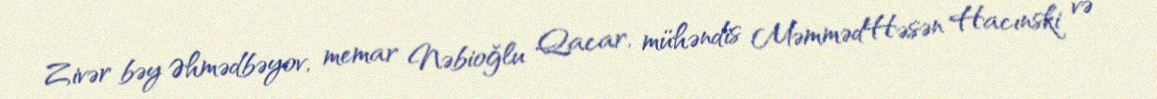
Zivər bəy Əhmədbəyov, memar Nəbioğlu Qacar, mühəndis MəmmədHəsən Hacınski və